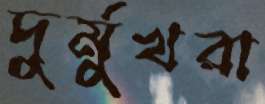
দুর্মুখরা